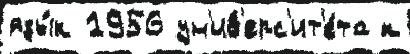
язы́к 1956 ун'ив'ерс'ит'е́та к